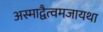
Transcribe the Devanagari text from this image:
अस्माद्वैत्वमजायथा